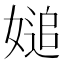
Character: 𡟴